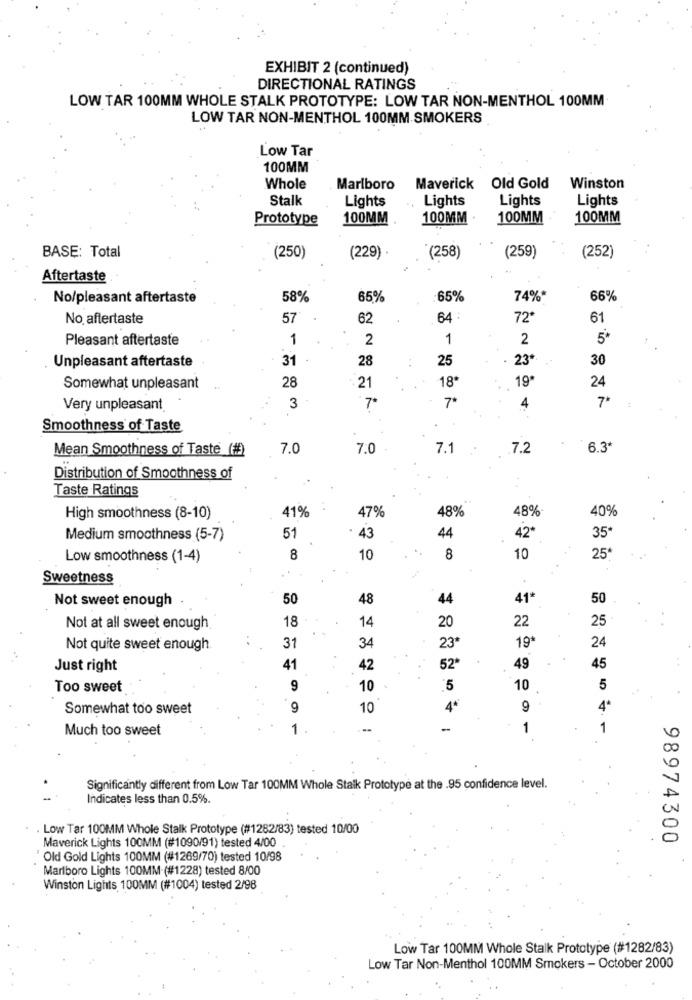
EXHIBIT 2 (continued)
DIRECTIONAL RATINGS
LOW TAR 100MM WHOLE STALK PROTOTYPE: LOW TAR NON-MENTHOL 100MM
LOW TAR NON-MENTHOL 100MM SMOKERS
Low Tar
100MM
Whole
Marlboro
Maverick Old Gold
Winston
Stalk
Lights
Lights
Lights
Lights
Prototype
100MM
100MM
100MM
100MM
BASE: Total
(250)
(229)
'(258)
(259)
(252)
Aftertaste
No/pleasant aftertaste
58%
65%
:65%
74%*
66%
No aftertaste
57
62
64 :
72*
61
Pleasant aftertaste
1
2
1
2
5*
Unpleasant aftertaste
31
28
25
23*
30
28
18
19
24
Somewhat unpleasant
21
7º
7ª
4
7+
Very unpleasant
3
Smoothness of Taste
Mean Smoothness of Taste (#)
7.0
7.0
7.1
.7.2
6.3ª
Distribution of Smoothness of
Taste Ratings
41%
High smoothness (8-10)
47%
48%
48%
40%
Medium smoothness (5-7)
51
43
44
42*
35ª
Low smoothness (1-4)
8
10
8
10
25*
Sweetness
Not sweet enough
50
48
44
41*
50
Not at all sweet enough
18
14
20
22
25
Not quite sweet enough
31
34
23*
19ª
24
Just right
41
42
52*
49
45
Too sweet
9
10
5
10
5
Somewhat too sweet
9
10
4ª
9
4
Much too sweet
1
-
1
1
Significantly different from Low Tar 100MM Whole Staik Prototype at the .95 confidence level.
Indicates less than 0.5%.
. Low Tar 100MM Whole Stalk Prototype (#1282/83) tested 10/00
98974300
Maverick Lights 100MM (#1090/91) tested 4/00
Old Gold Lights 100MM (#1269/70) tested 10/98
Marlboro Lights 100MM (#1228) tested 8/00
Winston Lights 100MM (#1004) tested 2/98
Low Tar 100MM Whole Stalk Prototype (#1282/83)
Low Tar Non-Menthol 100MM Smokers - October 2000